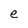
Character: e